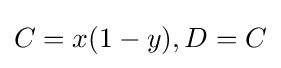
C=x(1-y),D=C